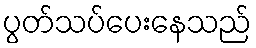
ပွတ်သပ်ပေးနေသည်